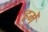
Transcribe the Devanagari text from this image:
हमेँ